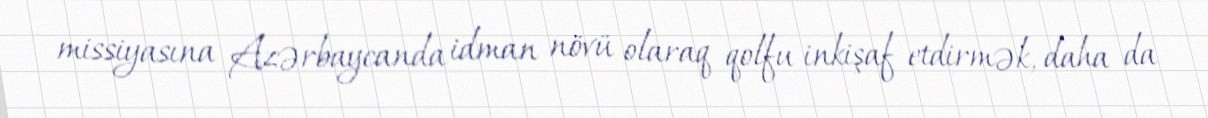
missiyasına Azərbaycanda idman növü olaraq qolfu inkişaf etdirmək, daha da